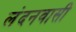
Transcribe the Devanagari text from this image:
लंदनवासी